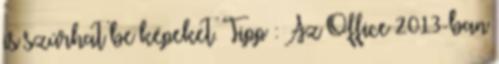
is szúrhat be képeket. Tipp : Az Office 2013-ban